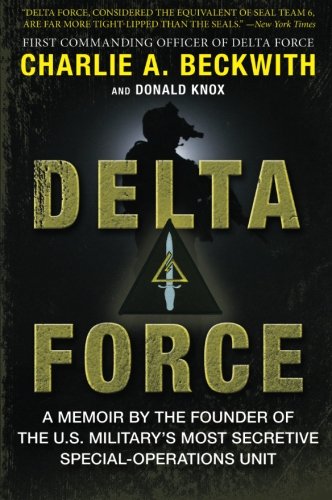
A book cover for Delta Force: A Memoir by the Founder of the U.S. Military's Most Secretive Special-Operations Unit; Charlie A. Beckwith; History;